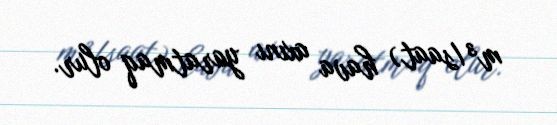
m³/saat) hava axını yaratmaq olur.